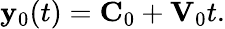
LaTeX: \begin{array}{r}{{\mathbf y}_{0}(t)={\mathbf C}_{0}+{\mathbf V}_{0}t.}\end{array}